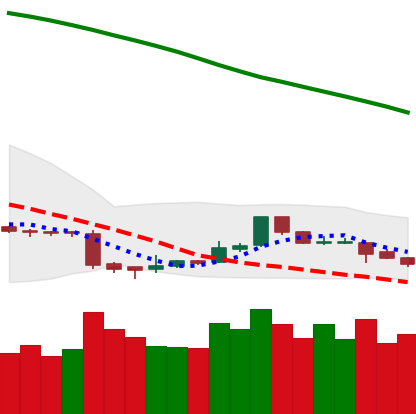
Ticker: ETC-USD
Chart end date: 2018-11-13
Forward return: -17.979%
Label: down_7plus